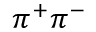
\pi ^ { + } \pi ^ { - }